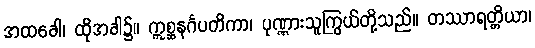
အထခေါ၊ ထိုအခါ၌။ ဣစ္ဆနင်္ဂပတိကာ၊ ပုဏ္ဏားသူကြွယ်တို့သည်။ တဿာရတ္တိယာ၊